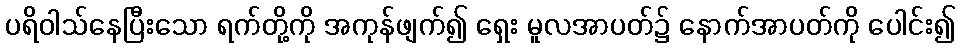
ပရိဝါသ်နေပြီးသော ရက်တို့ကို အကုန်ဖျက်၍ ရှေး မူလအာပတ်၌ နောက်အာပတ်ကို ပေါင်း၍